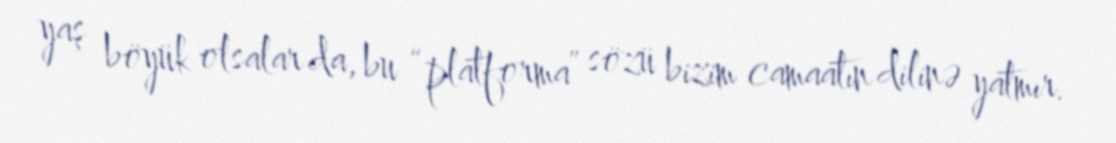
yaş böyük olsalar da, bu “platforma” sözü bizim camaatın dilinə yatmır.